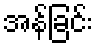
အန်ခြင်း